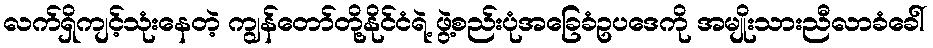
လက်ရှိကျင့်သုံးနေတဲ့ ကျွန်တော်တို့နိုင်ငံရဲ့ ဖွဲ့စည်းပုံအခြေခံဥပဒေကို အမျိုးသားညီလာခံခေါ်